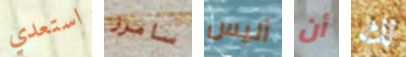
استعدي سامرز أليس أن لك